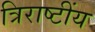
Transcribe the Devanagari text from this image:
त्रिराष्टींय